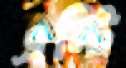
এন্টি